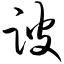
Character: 跛